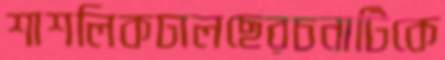
শাশলিকঢালছেরচনাটিকে